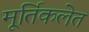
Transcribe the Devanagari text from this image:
मूर्तिकलेत